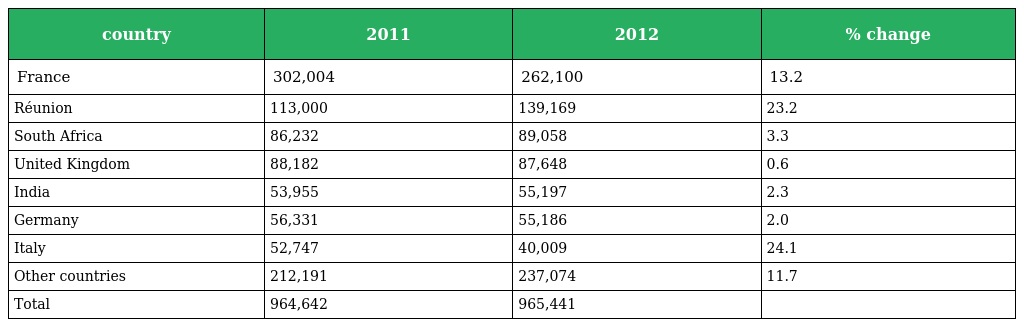
| country | 2011 | 2012 | % change |
 | --- | --- | --- | --- |
 | France | 302,004 | 262,100 | 13.2 |
 | Réunion | 113,000 | 139,169 | 23.2 |
 | South Africa | 86,232 | 89,058 | 3.3 |
 | United Kingdom | 88,182 | 87,648 | 0.6 |
 | India | 53,955 | 55,197 | 2.3 |
 | Germany | 56,331 | 55,186 | 2.0 |
 | Italy | 52,747 | 40,009 | 24.1 |
 | Other countries | 212,191 | 237,074 | 11.7 |
 | Total | 964,642 | 965,441 |  |